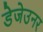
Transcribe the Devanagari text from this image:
डेजेउनर